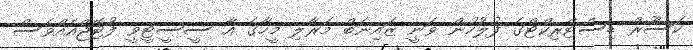
ކަސޫރް ޑިސްޓްރިކްޓްގެ ފުލުހުން ވަނީ ޒައިނަބް މަރާލި މީހާގެ އާ ސީސީޓީވީ ފުޓޭޖްއެއްވެސް